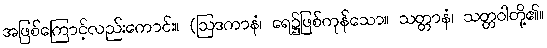
အဖြစ်ကြောင့်လည်းကောင်း။ (ဩဒကာနံ၊ ရေ၌ဖြစ်ကုန်သော။ သတ္တာနံ၊ သတ္တဝါတို့၏။